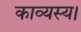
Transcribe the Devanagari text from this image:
काव्यस्य।